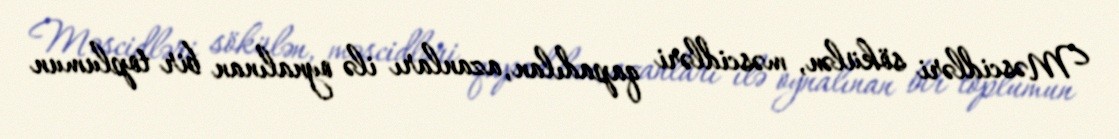
Məscidləri sökülən, məscidləri qapadılan, azanları ilə oynalınan bir toplumun